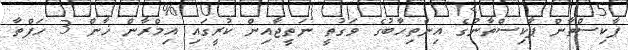
ޕާކިސްތާން ޕާކިސްތާނުގެ އިންތިހާބުގެ ވަގުތީ ނަތީޖާއިން ކުރީގައި އިމްރާން ޚާން 3 ހަފްތާ